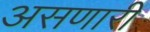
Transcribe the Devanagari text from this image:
असणारीं